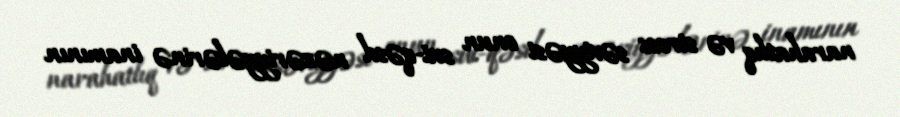
narahatlıq və stress səviyyəsi onun sui-qəsd nəzəriyyələrinə inamının